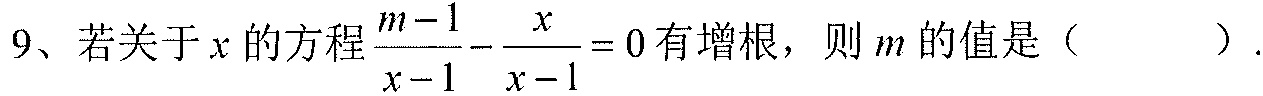
9、若关于\(x\)的方程\(\frac{m - 1}{x - 1} - \frac{x}{x - 1} = 0\)有增根，则\(m\)的值是（  ）.